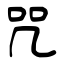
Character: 咒